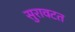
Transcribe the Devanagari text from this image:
सुरावटत